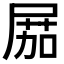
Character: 𡲢